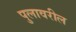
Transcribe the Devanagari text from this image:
पुलावरील